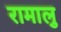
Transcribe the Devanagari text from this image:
रामालु